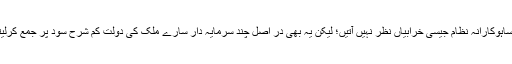
موجودہ زمانے کا بینکنگ نظام بھی سودی بنیادوں پر قائم ہوتا ہے، بہ ظاہر اس میں مہاجنی نظام یا ساہوکارانہ نظام جیسی خرابیاں نظر نہیں آتیں؛ لیکن یہ بھی در اصل چند سرمایہ دار سارے ملک کی دولت کم شرح سود پر جمع کرلیتے ہیں اور پھر زیادہ شرح سود پر اس کو کارخانہ داروں اور فیکٹری مالکان کو قرض پر دیتے ہیں۔